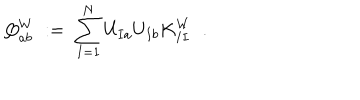
Q _ { a b } ^ { W } \; : = \; \sum _ { I = 1 } ^ { N } U _ { I a } U _ { I b } K _ { I I } ^ { W } \; \; .